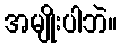
အမျိုးပါဘဲ။